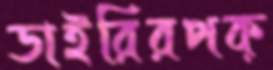
ডাইরিরপক্